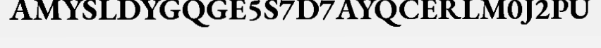
AMYSLDYGQGE5S7D7AYQCERLM0J2PU